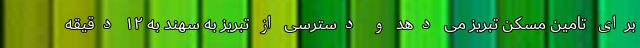
برای تامین مسکن تبریز می دهد و دسترسی از تبریز به سهند به ۱۲ دقیقه